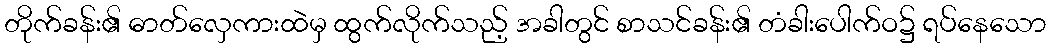
တိုက်ခန်း၏ ဓာတ်လှေကားထဲမှ ထွက်လိုက်သည့် အခါတွင် စာသင်ခန်း၏ တံခါးပေါက်ဝ၌ ရပ်နေသော